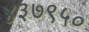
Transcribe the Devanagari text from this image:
४३७९५०